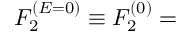
\begin{array} { r l r } { \lefteqn { F _ { 2 } ^ { ( E = 0 ) } \equiv F _ { 2 } ^ { ( 0 ) } = } } \end{array}